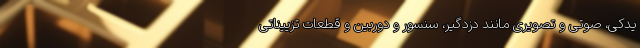
یدکی، صوتی و تصویری مانند دزدگیر، سنسور و دوربین و قطعات تزییناتی